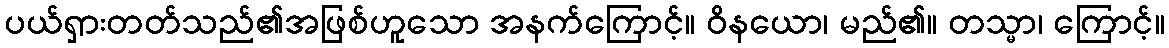
ပယ်ရှားတတ်သည်၏အဖြစ်ဟူသော အနက်ကြောင့်။ ဝိနယော၊ မည်၏။ တသ္မာ၊ ကြောင့်။